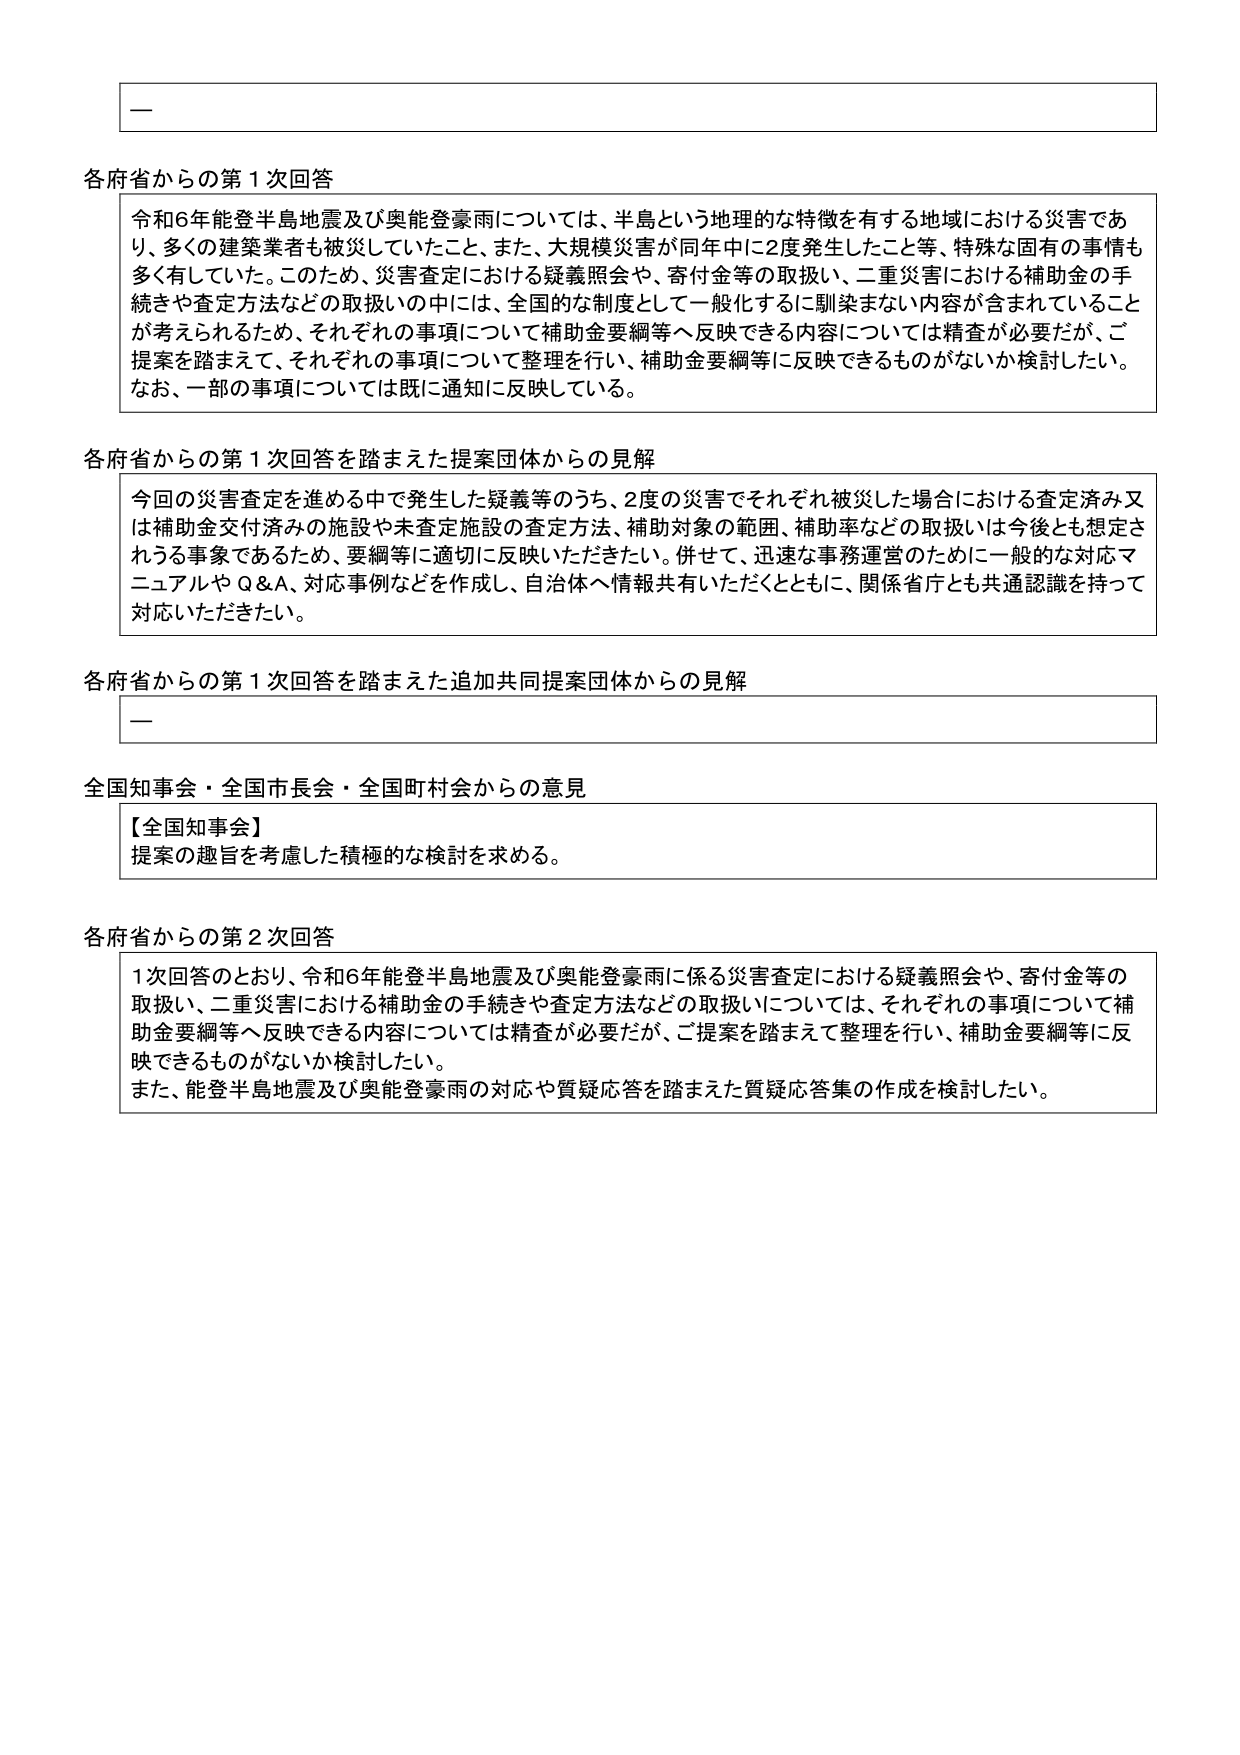
各府省からの第1次回答
令和6年能登半島地震及び奥能登豪雨については、半島という地理的な特徴を有する地域における災害であり、多くの建築業者も被災していたこと、また、大規模災害が同年中に2度発生したこと等、特殊な固有の事情も多く有していた。このため、災害査定における疑義照会や、寄付金等の取扱い、二重災害における補助金の手続きや査定方法などの取扱いの中には、全国的な制度として一般化するに馴染まない内容が含まれていることが考えられるため、それぞれの事項について補助金要綱等へ反映できる内容については精査が必要だが、ご提案を踏まえて、それぞれの事項について整理を行い、補助金要綱等に反映できるものがないか検討したい。なお、一部の事項については既に通知に反映している。

各府省からの第1次回答を踏まえた提案団体からの見解
今回の災害査定を進める中で発生した疑義等のうち、2度の災害でそれぞれ被災した場合における査定済み又は補助金交付済みの施設や未査定施設の査定方法、補助対象の範囲、補助率などの取扱いは今後とも想定される事案であるため、要綱等に適切に反映いただきたい。併せて、迅速な事務運営のために一般的な対応マニュアルやQ&A、対応事例などを作成し、自治体へ情報共有いただくとともに、関係省庁とも共通認識を持って対応いただきたい。

各府省からの第1次回答を踏まえた追加共同提案団体からの見解
—

全国知事会・全国市長会・全国町村会からの意見
【全国知事会】
提案の趣旨を考慮した積極的な検討を求める。

各府省からの第2次回答
1次回答のとおり、令和6年能登半島地震及び奥能登豪雨に係る災害査定における疑義照会や、寄付金等の取扱い、二重災害における補助金の手続きや査定方法などの取扱いについては、それぞれの事項について補助金要綱等へ反映できる内容については精査が必要だが、ご提案を踏まえて整理を行い、補助金要綱等に反映できるものがないか検討したい。また、能登半島地震及び奥能登豪雨の対応や質疑応答を踏まえた質疑応答集の作成を検討したい。